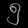
Digit: ၅